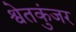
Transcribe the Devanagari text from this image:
श्वेतकुंजर